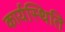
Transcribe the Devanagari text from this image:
कार्यस्थिति